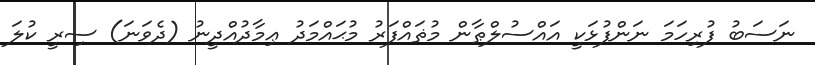
ނަސަބު ފުރިހަމަ ނަންފުޅަކީ އައްސުލްޠާން މުޡައްފަރު މުޙައްމަދު ޢިމާދުއްދީނު (ދެވަނަ) ސިރީ ކުލަ